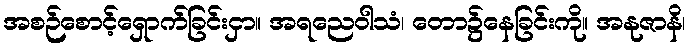
အစဉ်စောင့်ရှောက်ခြင်းငှာ။ အရညေဝါသံ၊ တော၌နေခြင်းကို။ အနုဇာနိ၊